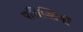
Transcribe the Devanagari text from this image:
पलिश्तियों